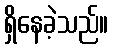
ရှိနေခဲ့သည်။